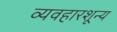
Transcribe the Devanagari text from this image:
व्यवहारशून्य